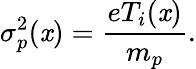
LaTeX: \sigma_{p}^{2}(\mathit{x})=\frac{{eT_{i}(\mathit{x})}}{{m_{p}}}.